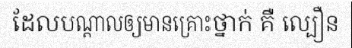
ដែលបណ្តាលឲ្យមានគ្រោះថ្នាក់ គឺ ល្បឿន